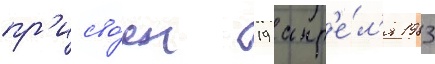
пр'исво́ен 19 апр'е́л'я 1983